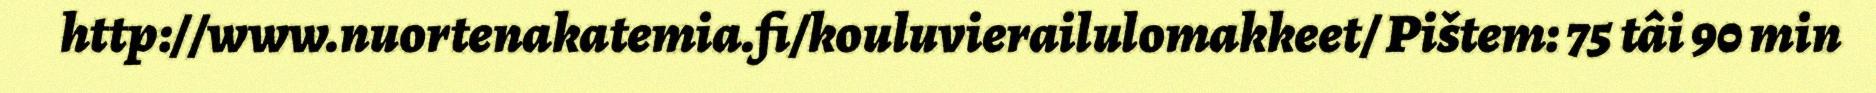
http://www.nuortenakatemia.fi/kouluvierailulomakkeet/ Pištem: 75 tâi 90 min